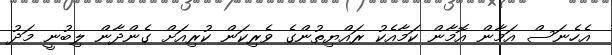
އެހެނަސް އަމާން އޮމާން ކަމާއެކު ރައްޔިތުންގެ ވެރިކަން ކުރިއަށް ގެންދާން ލިބުނީ މަދު